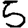
Digit: 5